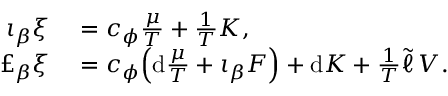
\begin{array} { r l } { \iota _ { \beta } \xi } & { { } = c _ { \phi } \frac { \mu } { T } + \frac 1 T { \cal K } , } \\ { \pounds _ { \beta } \xi } & { { } = c _ { \phi } \! \left( \mathrm { d } \frac { \mu } { T } + \iota _ { \beta } F \right) + \mathrm { d } { \cal K } + \frac 1 T \tilde { \ell } \, { \cal V } . } \end{array}